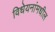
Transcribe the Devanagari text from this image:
विधेयनांमधील